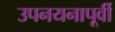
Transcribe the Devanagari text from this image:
उपनयनापूर्वी